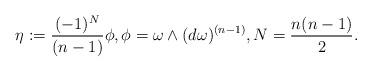
LaTeX: \begin{align*}\eta:=\frac{(-1)^N}{(n-1)}\phi,\phi=\omega\wedge(d\omega)^{(n-1)},N=\frac{n(n-1)}{2}.\end{align*}